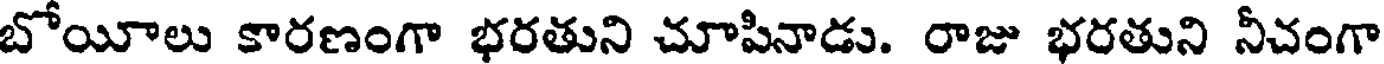
బోయీలు కారణంగా భరతుని చూపినాడు. రాజు భరతుని నీచంగా